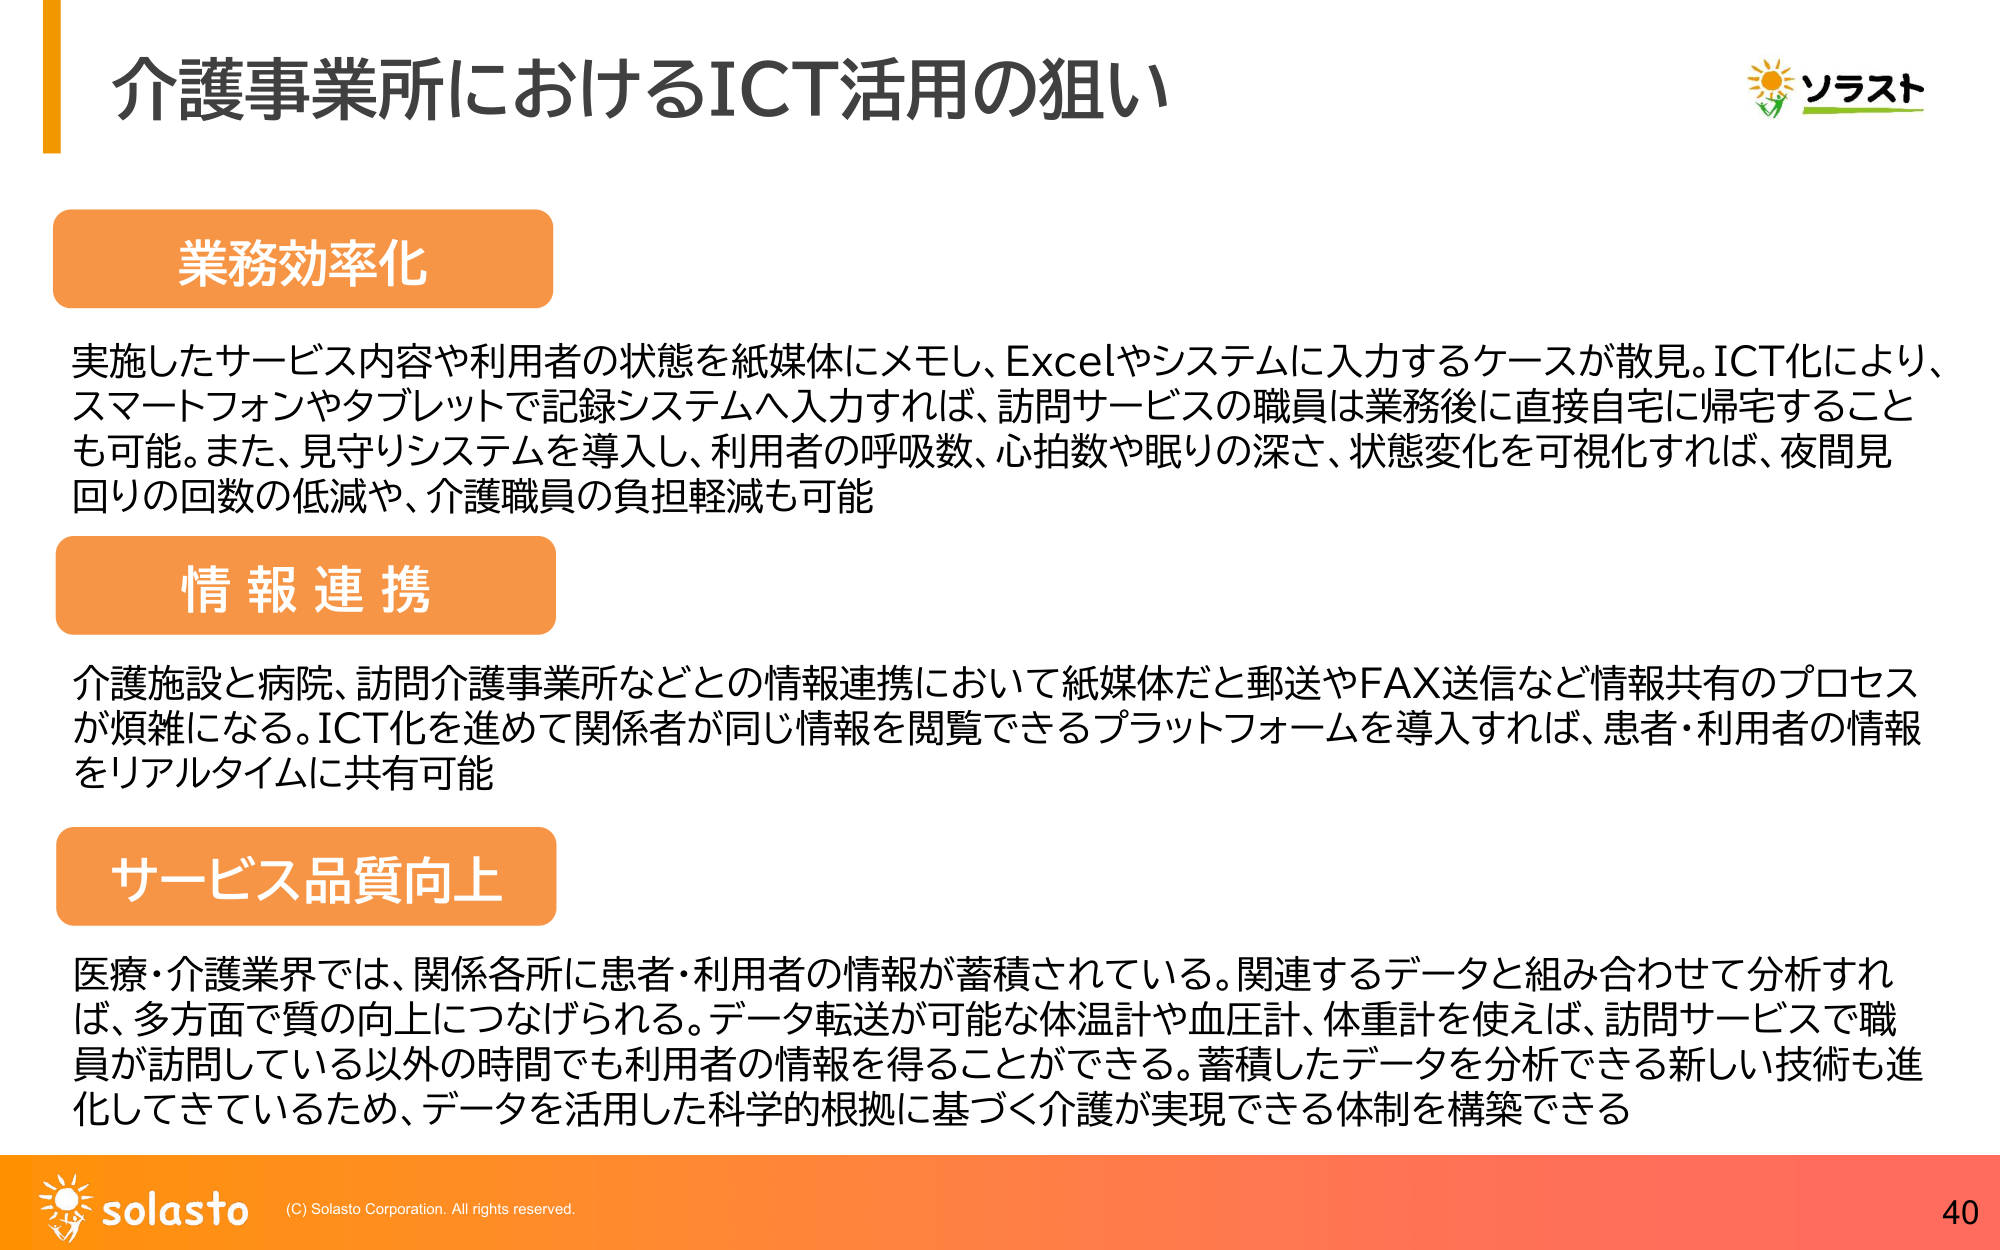
介護事業所におけるICT活用の狙い

業務効率化
実施したサービス内容や利用者の状態を紙媒体にメモし、Excelやシステムに入力するケースが散見。ICT化により、スマートフォンやタブレットで記録システムへ入力すれば、訪問サービスの職員は業務後に直接自宅に帰宅することも可能。また、見守りシステムを導入し、利用者の呼吸数、心拍数や眠りの深さ、状態変化を可視化すれば、夜間見回りの回数の低減や、介護職員の負担軽減も可能

情報連携
介護施設と病院、訪問介護事業所などとの情報連携において紙媒体だと郵送やFAX送信など情報共有のプロセスが煩雑になる。ICT化を進めて関係者が同じ情報を閲覧できるプラットフォームを導入すれば、患者・利用者の情報をリアルタイムに共有可能

サービス品質向上
医療・介護業界では、関係各所に患者・利用者の情報が蓄積されている。関連するデータと組み合わせて分析すれば、多方面で質の向上につなげられる。データ転送が可能な体温計や血圧計、体重計を使えば、訪問サービスで職員が訪問している以外の時間でも利用者の情報を得ることができる。蓄積したデータを分析できる新しい技術も進化してきているため、データを活用した科学的根拠に基づく介護が実現できる体制を構築できる

ソラスト
solasto (C) Solasto Corporation. All rights reserved.
40